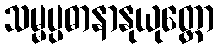
သမ္မပ္ပဓာနာနုယုတ္တော